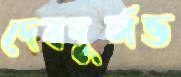
দেবদুর্লভ